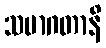
သမာဂတာနိ